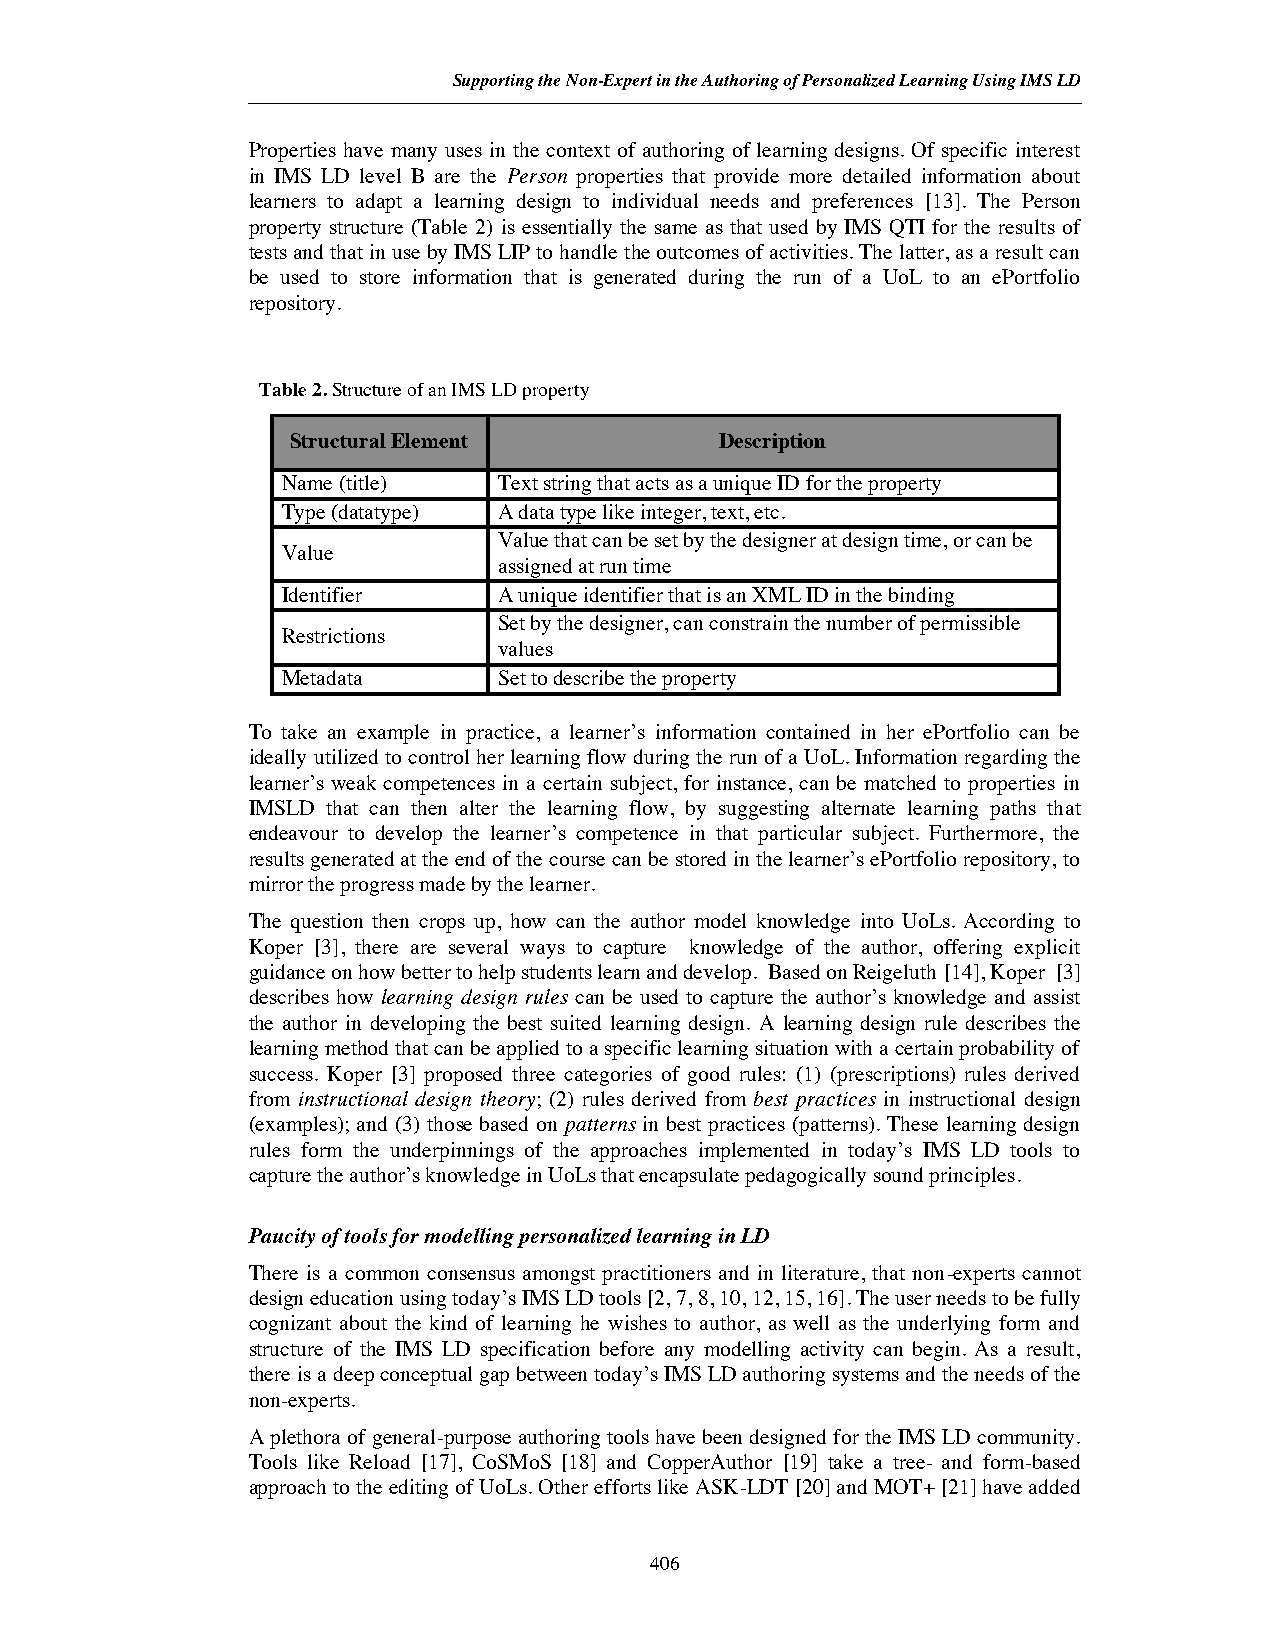
Supporting the Non-Expert in the Authoring of Personalized Learning Using IMS LD
 Properties have many uses in the context of authoring of learning designs. Of specific interest
 in IMS LD level B are the Person properties that provide more detailed information about
 learners to adapt a learning design to individual needs and preferences [13]. The Person
 property structure (Table 2) is essentially the same as that used by IMS QTI for the results of
 tests and that in use by IMS LIP to handle the outcomes of activities. The latter, as a result can
 be used to store information that is generated during the run of a UoL to an ePortfolio
 repository.
 Table2.Structure of an IMS LD property
 Structural Element           Description
 Name (title)  Text string that acts as a unique ID for the property
 Type (datatype) A data type like integer, text, etc.
 Value that can be set by the designer at design time, or can be
 Value
 assigned at run time
 Identifier    A unique identifier that is an XML ID in the binding
 Set by the designer, can constrain the number of permissible
 Restrictions
 values
 Metadata      Set to describe the property
 To take an example in practice, a learner’s information contained in her ePortfolio can be
 ideally utilized to control her learning flow during the run of a UoL. Information regarding the
 learner’s weak competences in a certain subject, for instance, can be matched to properties in
 IMSLD that can then alter the learning flow, by suggesting alternate learning paths that
 endeavour to develop the learner’s competence in that particular subject. Furthermore, the
 results generated at the end of the course can be stored in the learner’s ePortfolio repository, to
 mirror the progress made by the learner.
 The question then crops up, how can the author model knowledge into UoLs. According to
 Koper [3], there are several ways to capture knowledge of the author, offering explicit
 guidance on how better to help students learn and develop. Based on Reigeluth [14], Koper [3]
 describes how learning design rules can be used to capture the author’s knowledge and assist
 the author in developing the best suited learning design. A learning design rule describes the
 learning method that can be applied to a specific learning situation with a certain probability of
 success. Koper [3] proposed three categories of good rules: (1) (prescriptions) rules derived
 from instructional design theory; (2) rules derived from best practices in instructional design
 (examples); and (3) those based on patterns in best practices (patterns). These learning design
 rules form the underpinnings of the approaches implemented in today’s IMS LD tools to
 capture the author’s knowledge in UoLs that encapsulate pedagogicallysound principles.
 Paucity of tools for modelling personalized learning in LD
 There is a common consensus amongst practitioners and in literature, that non-experts cannot
 design education using today’s IMS LD tools[2, 7, 8, 10, 12, 15, 16]. The user needs to be fully
 cognizant about the kind of learning he wishes to author, as well as the underlying form and
 structure of the IMS LD specification before any modelling activity can begin. As a result,
 there is a deep conceptual gap between today’s IMS LD authoring systems and the needs of the
 non-experts.
 A plethora of general-purpose authoring tools have been designed for the IMS LD community.
 Tools like Reload [17], CoSMoS [18] and CopperAuthor [19] take a tree- and form-based
 approach to the editing of UoLs. Other efforts like ASK-LDT [20] and MOT+[21] have added
 406